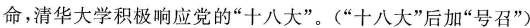
命，清华大学积极响应党的“十八大”。(“十八大”后加”号召”)